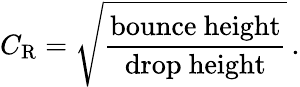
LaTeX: C_{\mathrm{R}}={\sqrt{\frac{\mathrm{bounce~height}}{\mathrm{drop~height}}}}\, .